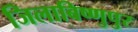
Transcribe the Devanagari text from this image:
जिलाबिष्णुपुर